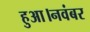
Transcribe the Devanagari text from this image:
हुआ।नवंबर